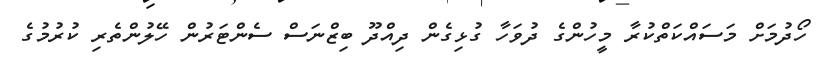
ހޯދުމަށް މަސައްކަތްކުރާ މީހުންގެ ދުވަހާ ގުޅިގެން ދިއްދޫ ބިޒްނަސް ސެންޓަރުން ހޭލުންތެރި ކުރުމުގެ